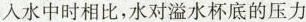
入水中时相比，水对溢水杯底的压力